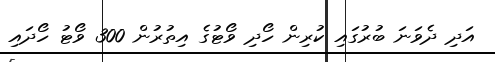
އަދި ދެވަނަ ބުރުގައި ކުރިން ހޯދި ވޯޓުގެ އިތުރުން 300 ވޯޓު ހޯދައި